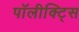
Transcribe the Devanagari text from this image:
पॉलीक्ट्सि